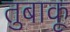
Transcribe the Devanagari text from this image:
तुबाकू